Leaving Certificate Examination, 1904
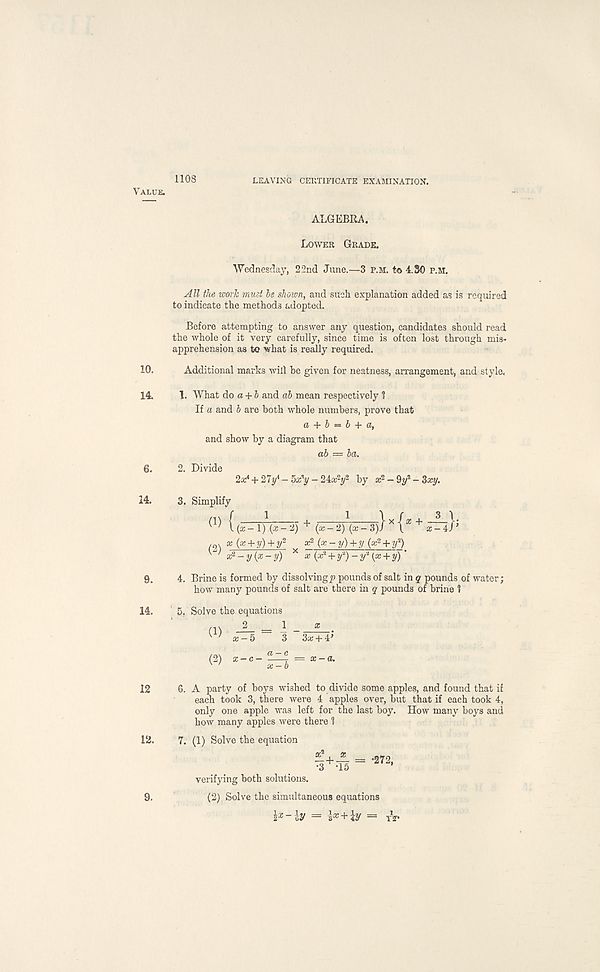
1108
LEAVING CERTIFICATE EXAMINATION.
Value.
ALGEBRA.
Lower Grade.
Wednesday, 22nd June.—3 p.m. to 4.30 p.m.
All the work must be shown, and such explanation added as is required
to indicate the methods adopted.
Before attempting to answer any question, candidates should read
the whole of it very carefully, since time is often lost through mis-
apprehension as to what is really required.
10.
Additional marks will be given for neatness, arrangement, and style.
14. 1. What do a + & and ab mean respectively 1
If a and b are both whole numbers, prove that
a + b = b + a,
and show by a diagram that
6. 2. Divide 2x 4 + 27y 4 - 5xy - 24a: 2 !/ 2 by x 2 - 9y 2 - 3xt/.
14. 3. Simplify
^ ( (x- 1) (x-'J) + (x-2) (x- 3)1 x { * + x-il’
( 2) x Qz + y) + r a; 2 (x - y) + y (x 2 + if)
V ; x 2 -y(x-y) x (x 2 + y 2 ) - y* (x + y)'
9. 4. Brine is formed by dissolvings pounds of salt in q pounds of water;
how many pounds of salt are there in q pounds of brine 1
14. 5. Solve the equations
® aT-5 = 3 _ ST+J’
( 3 >
=
12 6. A party of boys wished to divide some apples, and found that if
each took 3, there were 4 apples over, but that if each took 4,
only one apple was left for the last boy. How many boys and
how many apples were there 1
12. 7. (1) Solve the equation
- + — = -272,
•3 -15
*
verifying both solutions.
9.
(2). Solve the simultaneous equations
~ iy = i x + iy = T v